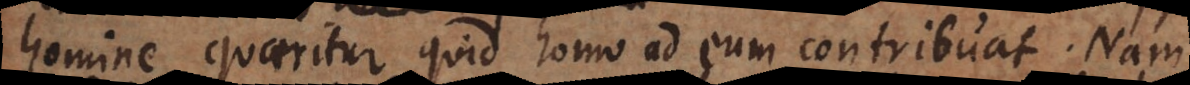
homine, quaeritur quid homo ad eum contribuat. Nam